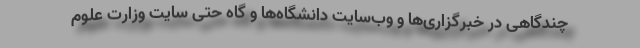
چندگاهی در خبرگزاری‌ها و وب‌سایت دانشگاه‌ها و گاه حتی سایت وزارت علوم